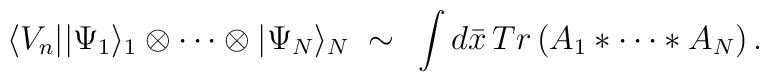
\langle V_{n}||\Psi_{1}\rangle_{1}\otimes\cdots\otimes|\Psi_{N}\rangle_{N}\;\sim\,\;\int d\bar{x}\,Tr\left( A_{1}\ast\cdots\ast A_{N}\right) .